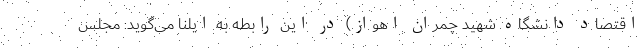
اقتصاد دانشگاه شهید چمران اهواز) در این رابطه به ایلنا می‌گوید: مجلس